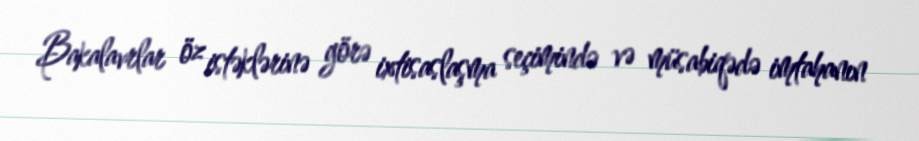
Bakalavrlar öz istəklərinə görə ixtisaslaşma seçimində və müsabiqədə imtahanın